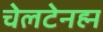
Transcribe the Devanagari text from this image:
चेलटेनह्म